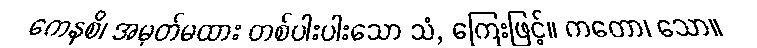
ကေနစိ၊ အမှတ်မထား တစ်ပါးပါးသော သံ, ကြေးဖြင့်။ ကတော၊ သော။